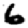
Digit: 6